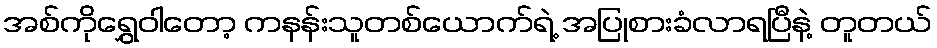
အစ်ကိုရွှေဝါတော့ ကနန်းသူတစ်ယောက်ရဲ့ အပြုစားခံလာရပြီနဲ့ တူတယ်